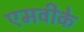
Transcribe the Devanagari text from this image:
एमवीके